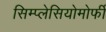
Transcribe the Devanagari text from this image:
सिम्प्लेसियोमोर्फी